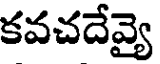
కవచదేవ్యై